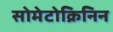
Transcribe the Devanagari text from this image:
सोमेटोक्रिनिन